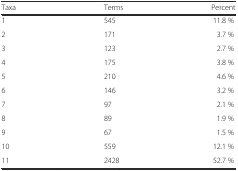
<table><thead><tr><td><b>Taxa</b></td><td><b>Terms</b></td><td><b>Percent</b></td></tr></thead><tbody><tr><td>1</td><td>545</td><td>11.8 %</td></tr><tr><td>2</td><td>171</td><td>3.7 %</td></tr><tr><td>3</td><td>123</td><td>2.7 %</td></tr><tr><td>4</td><td>175</td><td>3.8 %</td></tr><tr><td>5</td><td>210</td><td>4.6 %</td></tr><tr><td>6</td><td>146</td><td>3.2 %</td></tr><tr><td>7</td><td>97</td><td>2.1 %</td></tr><tr><td>8</td><td>89</td><td>1.9 %</td></tr><tr><td>9</td><td>67</td><td>1.5 %</td></tr><tr><td>10</td><td>559</td><td>12.1 %</td></tr><tr><td>11</td><td>2428</td><td>52.7 %</td></tr></tbody></table>